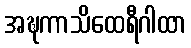
အဍ္ဎကာသိထေရီဂါထာ